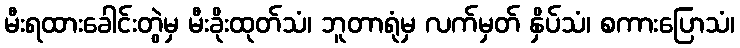
မီးရထားခေါင်းတွဲမှ မီးခိုးထုတ်သံ၊ ဘူတာရုံမှ လက်မှတ် နှိပ်သံ၊ စကားပြောသံ၊